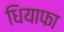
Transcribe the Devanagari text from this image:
धियाफा